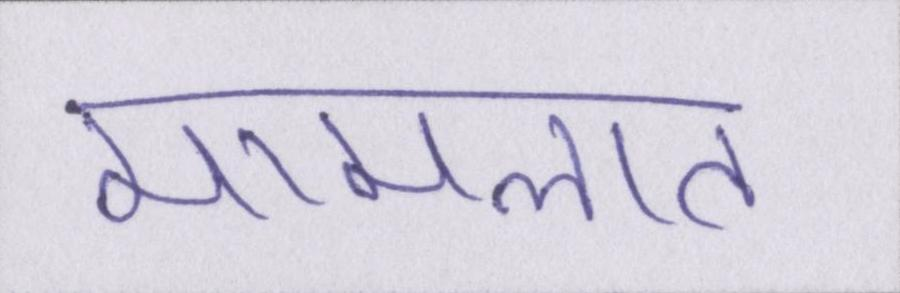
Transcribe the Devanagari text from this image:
मामलात